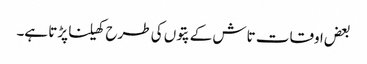
بعض اوقات تاش کے پتوں کی طرح کھیلنا پڑتا ہے۔